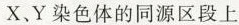
X，Y染色体的同源区段上